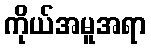
ကိုယ်အမူအရာ